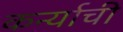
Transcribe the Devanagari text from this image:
कर्न्याची